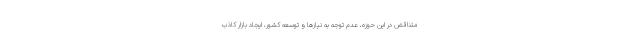
متناقض در این حوزه، عدم توجه به نیازها و توسعه کشور، ایجاد بازار کاذب